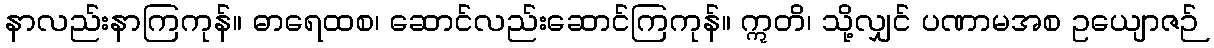
နာလည်းနာကြကုန်။ ဓာရေထစ၊ ဆောင်လည်းဆောင်ကြကုန်။ ဣတိ၊ သို့လျှင် ပဏာမအစ ဥယျောဇဉ်